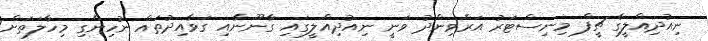
ނިއުދިއްލީގެ ޗީފް މިނިސްޓަރު އަރްވިންދު ވަނީ ނިއުދިއްލީގައި ގާނޫނާއި ގަވާއިދުތައް ނުހިންގި މިހާލަތަށް